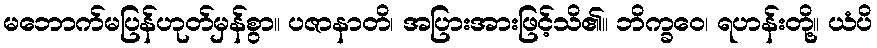
မဘောက်မပြန်ဟုတ်မှန်စွာ။ ပဇာနာတိ၊ အပြားအားဖြင့်သိ၏။ ဘိက္ခဝေ၊ ရဟန်းတို့။ ယံပိ